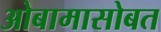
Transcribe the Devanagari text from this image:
ओबामासोबत